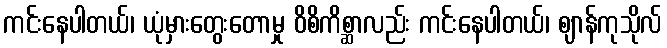
ကင်းနေပါတယ်၊ ယုံမှားတွေးတောမှု ဝိစိကိစ္ဆာလည်း ကင်းနေပါတယ်၊ ဈာန်ကုသိုလ်